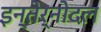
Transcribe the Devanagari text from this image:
इन्तेर्नोदल